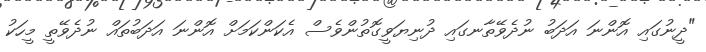
"ދީނުގައި އޮންނަ އަދަބު ނުދެވޭތާނގައި ދުނިޔަވީގޮތުންވެސް އެކަންކަމަށް އޮންނަ އަދަބުތައް ނުދެވޭތީ މީހަކު